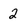
Character: 2